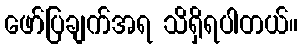
ဖော်ပြချက်အရ သိရှိရပါတယ်။